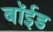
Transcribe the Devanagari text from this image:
बॉईड